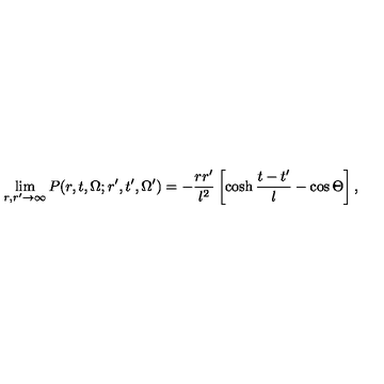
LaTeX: \lim _ { r , r ^ { \prime } \to \infty } P ( r , t , \Omega ; r ^ { \prime } , t ^ { \prime } , \Omega ^ { \prime } ) = - \frac { r r ^ { \prime } } { l ^ { 2 } } \left[ \cosh \frac { t - t ^ { \prime } } { l } - \cos \Theta \right] ,